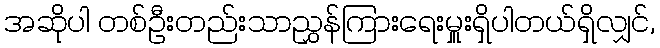
အဆိုပါ တစ်ဦးတည်းသာညွှန်ကြားရေးမှူးရှိပါတယ်ရှိလျှင်,